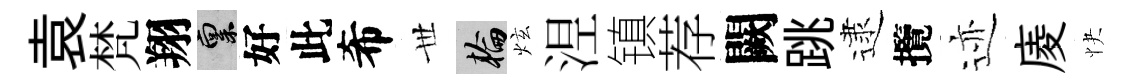
袁梵翔禀好此希𠀍輪炫𣵀镇荐闕跳逮攬迹庱快